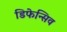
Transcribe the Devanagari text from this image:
डिफेन्सिव